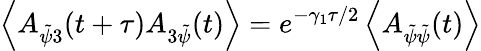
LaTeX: \left\langle A_{\tilde{\psi}3}(t+\tau)A_{3\tilde{\psi}}(t)\right\rangle=e^{-\gamma_{1}\tau/2}\left\langle A_{\tilde{\psi}\tilde{\psi}}(t)\right\rangle